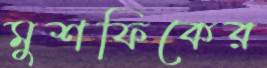
মুশফিকের